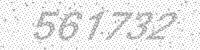
Solution: 561732